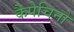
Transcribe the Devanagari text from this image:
कैपेचिनो